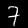
Digit: 7